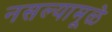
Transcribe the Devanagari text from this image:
नसल्यामूळे